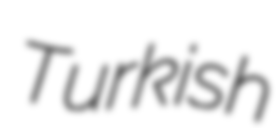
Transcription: Turkish